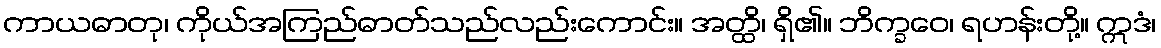
ကာယဓာတု၊ ကိုယ်အကြည်ဓာတ်သည်လည်းကောင်း။ အတ္ထိ၊ ရှိ၏။ ဘိက္ခဝေ၊ ရဟန်းတို့။ ဣဒံ၊